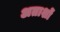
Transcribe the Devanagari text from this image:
अताशों